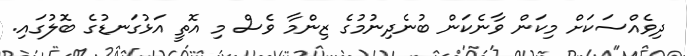
ދިވެއްސަކަށް މިކަން ވާނެކަން ބުނެދިނުމުގެ ޒިންމާ ވެސް މި އޮތީ އަޅުގަނޑުގެ ބޮލުގައި.